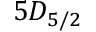
5 D _ { 5 / 2 }